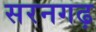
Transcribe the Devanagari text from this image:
सरनगढ़